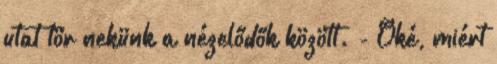
utat tör nekünk a nézelődők között. - Oké, miért